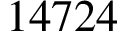
1 4 7 2 4